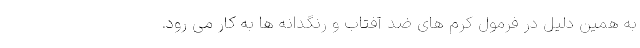
به همین دلیل در فرمول کرم های ضد آفتاب و رنگدانه ها به کار می رود.